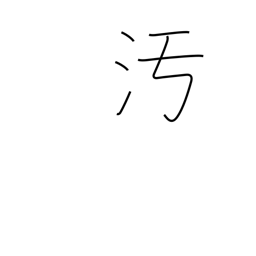
Meaning: disgrace